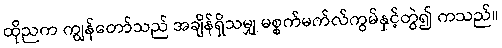
ထိုညက ကျွန်တော်သည် အချိန်ရှိသမျှ မစ္စက်မက်လ်ကွမ်နှင့်တွဲ၍ ကသည်။